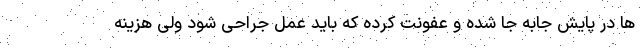
ها در پایش جابه جا شده و عفونت کرده که باید عمل جراحی شود ولی هزینه